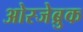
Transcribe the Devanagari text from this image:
ओस्जेब्रुक